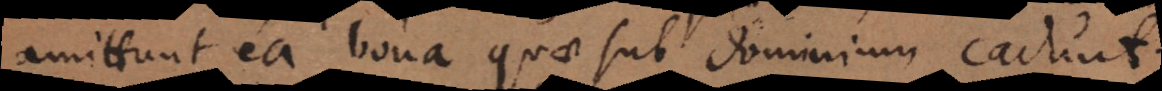
ammittunt ea bona, quae sub dominium cadunt.